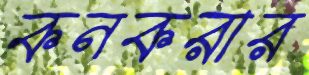
কনকরার